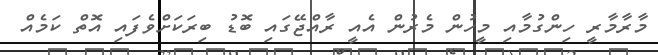
މާރާމާރީ ހިންގުމާއި މީހުން މެރުން އެއީ ރާއްޖޭގައި ބޮޑު ބިރަކަށްވެފައި އޮތް ކަމެއް